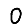
Digit: 0